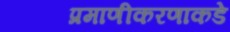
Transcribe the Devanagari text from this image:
प्रमाणीकरणाकडे